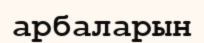
арбаларын